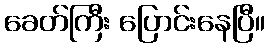
ခေတ်ကြီး ပြောင်းနေပြီ။